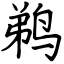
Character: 鹈